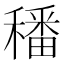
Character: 𥢌